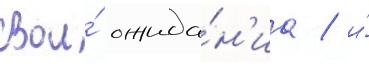
свои́ ожида́н'иа / и́